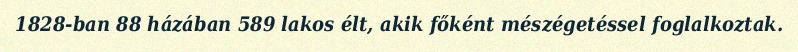
1828-ban 88 házában 589 lakos élt, akik főként mészégetéssel foglalkoztak.